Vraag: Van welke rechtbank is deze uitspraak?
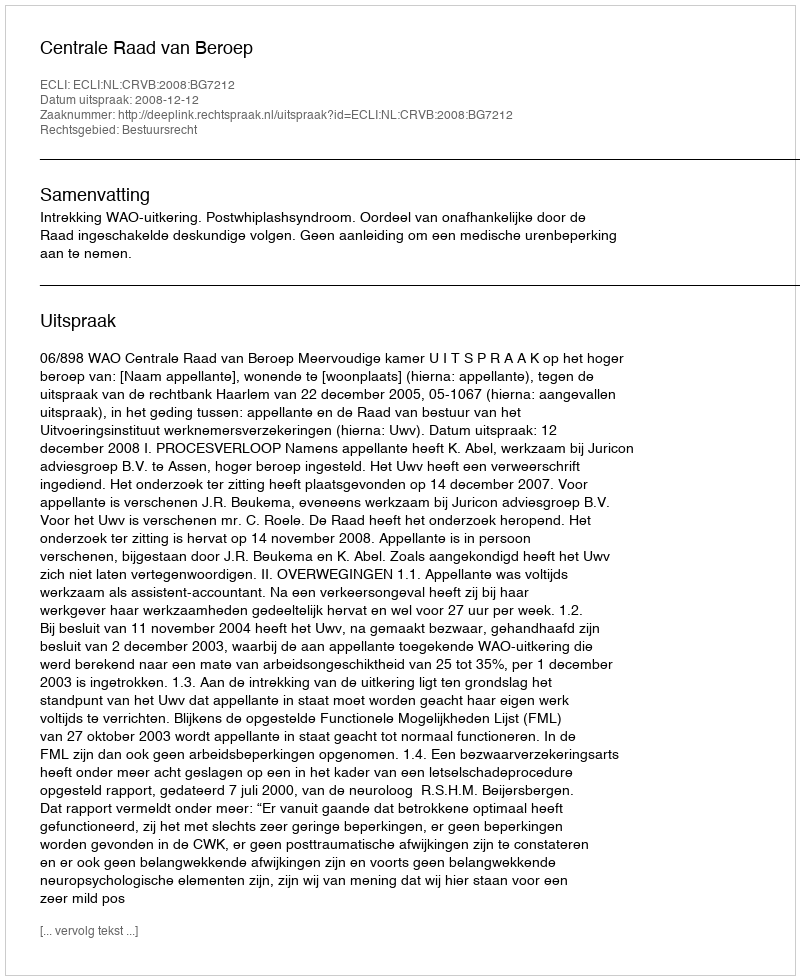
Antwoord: Centrale Raad van Beroep